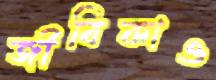
জীবিকাও